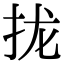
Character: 拢